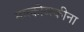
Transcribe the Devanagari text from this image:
मात्कोव्स्कीना